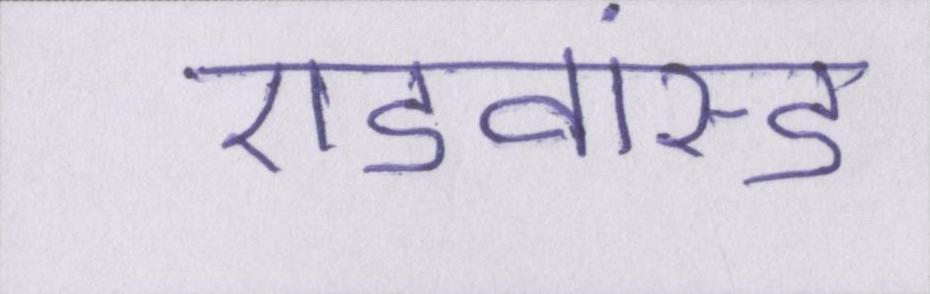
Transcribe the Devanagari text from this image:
एडवांस्ड